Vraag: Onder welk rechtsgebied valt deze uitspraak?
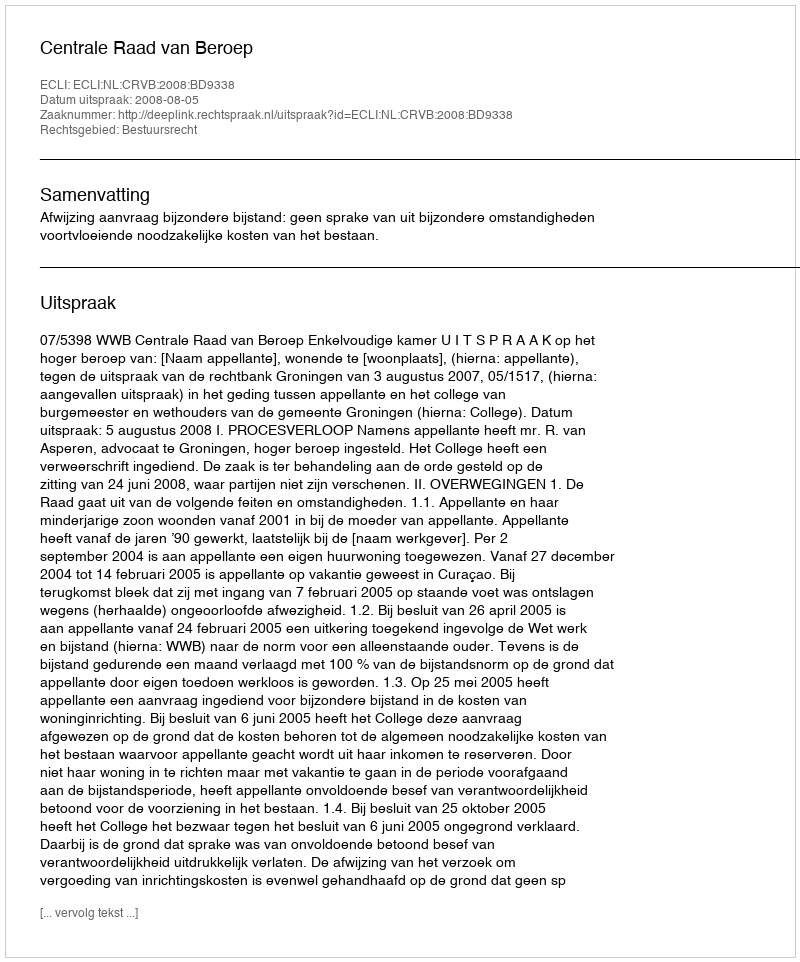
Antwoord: Bestuursrecht